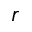
r